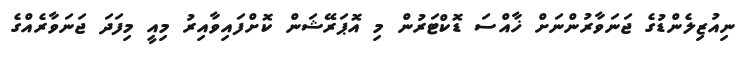
ނިއުޒިލެންޑުގެ ޖަނަވާރުންނަށް ޚާއްސަ ޑޮކްޓަރުން މި އޮޕަރޭޝަން ކޮށްފައިވާއިރު މިއީ މިފަދަ ޖަނަވާރެއްގެ